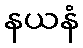
နယနံ